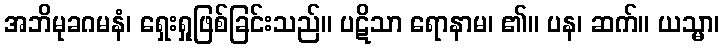
အဘိမုခဂမနံ၊ ရှေးရှုဖြစ်ခြင်းသည်။ ပဋိသာ ရောနာမ၊ ၏။ ပန၊ ဆက်။ ယသ္မာ၊